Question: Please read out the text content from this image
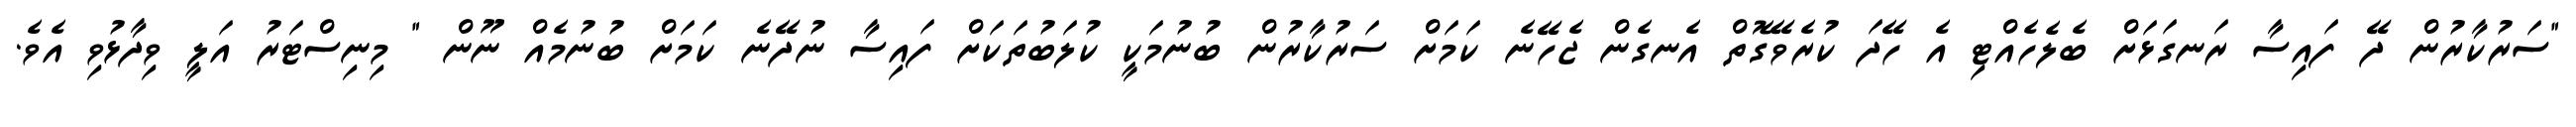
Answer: "ސަރުކާރުން ދޭ ފައިސާ ރަނގަޅަށް ބެލެހެއްޓި އެ ހޭދަ ކުރެވޭގޮތް އެނގެން ޖެހޭނެ ކަމަށް ސަރުކާރުން ބުނުމަކީ ކުލަބުތަކަށް ފައިސާ ނުދޭނެ ކަމަށް ބުނުމެއް ނޫން " މިނިސްޓަރު އަލީ ވިދާޅުވި އެވެ.